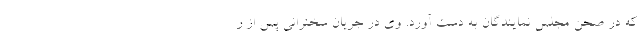
که در صحن مجلس نمایندگان به دست آورد. وی در جریان سخنرانی پس از ر